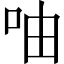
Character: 𠱋